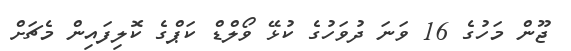
ޖޫން މަހުގެ 16 ވަނަ ދުވަހުގެ ކުޅޭ ވޯލްޑް ކަޕްގެ ކޮލިފައިން މެޗަށް